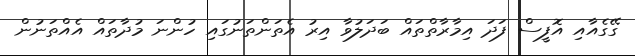
ގޭގެއާއި އޮފީސް ފަދަ އިމާރާތްތައް ބަދަލުވާ އިރު އެތަންތަނުގައި ހުންނަ މުދާތައް އެއްތަނުން